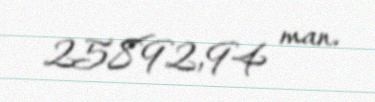
25892,94 man.